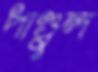
পাণ্ডুল